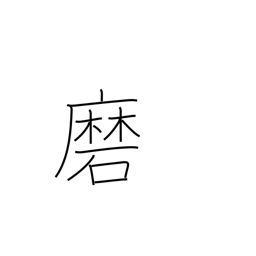
Meaning: brush (teeth)